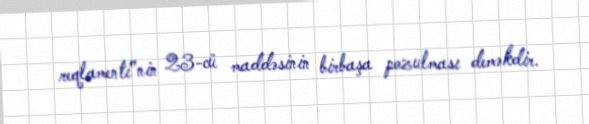
reqlamenti”nin 23-cü maddəsinin birbaşa pozulması deməkdir.